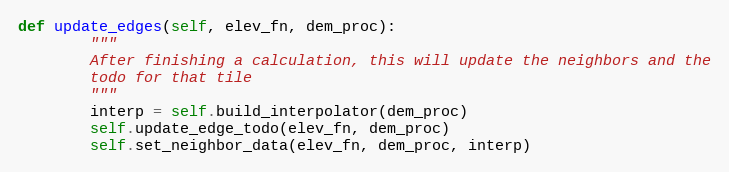
Language: Python
def update_edges(self, elev_fn, dem_proc):
        """
        After finishing a calculation, this will update the neighbors and the
        todo for that tile
        """
        interp = self.build_interpolator(dem_proc)
        self.update_edge_todo(elev_fn, dem_proc)
        self.set_neighbor_data(elev_fn, dem_proc, interp)